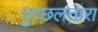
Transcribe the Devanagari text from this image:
पुच्छलतारा